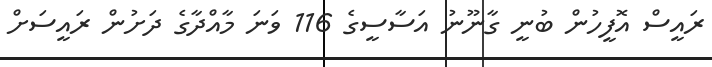
ރައީސް އޮފީހުން ބުނީ ގާނޫނު އަސާސީގެ 116 ވަނަ މާއްދާގެ ދަށުން ރައީސަށް